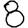
Digit: 8